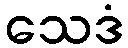
သေဒံ